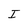
Character: I